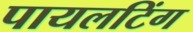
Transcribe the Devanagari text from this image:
पायलटिंग